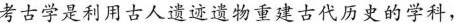
考古学是利用古人遗迹遗物重建古代历史的学科，